Leaving Certificate Examination, 1921
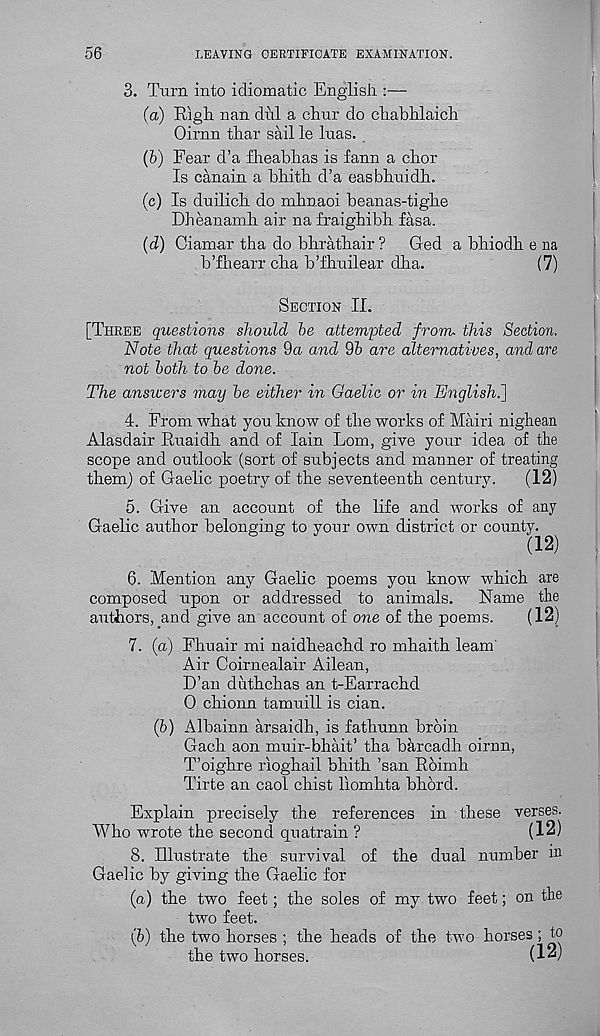
56
LEAVING CERTIFICATE EXAMINATION.
3. Turn into idiomatic English :—
(a) Righ nan dill a chur do chabhlaich
Oirnn thar sail le liras. ,
(b) Fear d’a flreabhas is fann a cbor
Is canain a bbitb d’a easbbuidh.
(c) Is dnilicb do mbnaoi beanas-tigbe
Dheanamb air na fraigbibh fasa.
(d) Giamar tha do bbratbair ?
Ged a bbiodb e na
b’fbearr cba b’fhnilear dba.
(7)
Section II.
[Three questions should be attempted from- this Section.
Note that questions 9a and 9b are alternatives, and are
not both to be done.
The answers may be either in Gaelic or in English.]
4. From what you know of the works of Mairi nigbean
Alasdair Ruaidh and of Iain Lom, give your idea of the
scope and outlook (sort of subjects and manner of treating
them) of Gaelic poetry of the seventeenth century.
(12)
5. Give an account of the life and works of any
Gaelic author belonging to your own district or county.
6. Mention any Gaelic poems you know which are
composed upon or addressed to animals.
Name the
authors, and give an account of one of the poems.
(12)
7. (a) Fhuair mi naidheachd ro mhaith learn'
Air Coirnealair Ailean,
D’an duthchas an t-Earrachd
0 chionn tamuill is cian.
(b) Albainn arsaidh, is fathunn broin
Gach aon muir-bhait’ tha harcadh oirnn,
T’oighre rioghail bhith ’san Roimh
Tirte an caol chist liomhta bhbrd.
Explain precisely the references in these verses.
Who wrote the second quatrain ?
(12)
8. Illustrate the survival of the dual number in
Gaelic by giving the Gaelic for
(a) the two feet; the soles of my two feet; on the
two feet.
(h) the two horses ; the heads of the two horses ; to
the two horses.
(1")